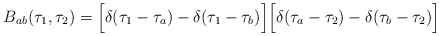
\begin{align*}B_{ab}(\tau_1,\tau_2) = \Bigl[\delta(\tau_1 - \tau_a)-\delta(\tau_1-\tau_b)\Bigr]\Bigl[\delta(\tau_a - \tau_2)-\delta(\tau_b-\tau_2)\Bigr]\quad \end{align*}